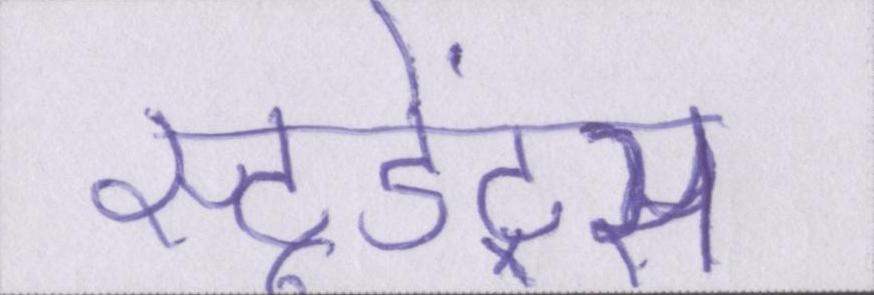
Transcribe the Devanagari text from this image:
स्टूडेंट्स